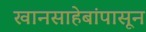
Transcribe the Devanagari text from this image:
खानसाहेबांपासून